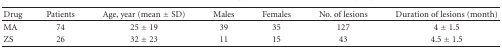
<table><thead><tr><td><b>Drug</b></td><td><b>Patients</b></td><td><b>Age, year (mean ± SD)</b></td><td><b>Males</b></td><td><b>Females</b></td><td><b>No. of lesions</b></td><td><b>Duration of lesions (month)</b></td></tr></thead><tbody><tr><td>MA</td><td>74</td><td>25 ± 19</td><td>39</td><td>35</td><td>127</td><td>4 ± 1.5</td></tr><tr><td>ZS</td><td>26</td><td>32 ± 23</td><td>11</td><td>15</td><td>43</td><td>4.5 ± 1.5</td></tr></tbody></table>